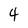
Character: 4